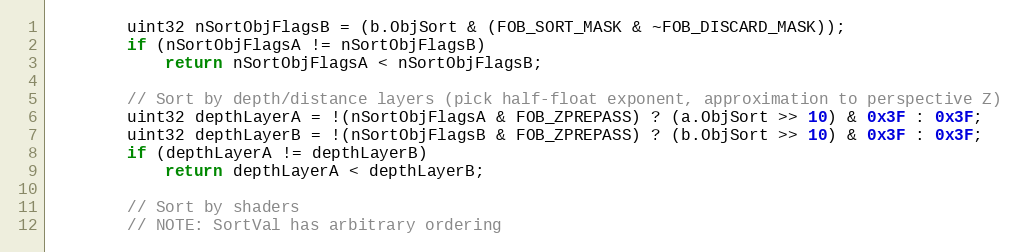
Language: C++
		uint32 nSortObjFlagsB = (b.ObjSort & (FOB_SORT_MASK & ~FOB_DISCARD_MASK));
		if (nSortObjFlagsA != nSortObjFlagsB)
			return nSortObjFlagsA < nSortObjFlagsB;

		// Sort by depth/distance layers (pick half-float exponent, approximation to perspective Z)
		uint32 depthLayerA = !(nSortObjFlagsA & FOB_ZPREPASS) ? (a.ObjSort >> 10) & 0x3F : 0x3F;
		uint32 depthLayerB = !(nSortObjFlagsB & FOB_ZPREPASS) ? (b.ObjSort >> 10) & 0x3F : 0x3F;
		if (depthLayerA != depthLayerB)
			return depthLayerA < depthLayerB;

		// Sort by shaders
		// NOTE: SortVal has arbitrary ordering